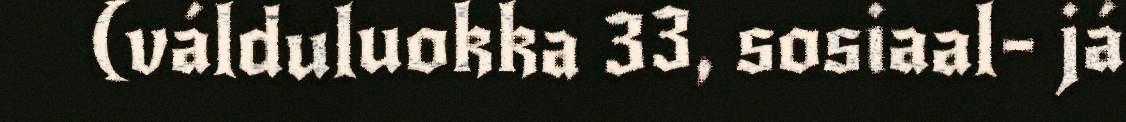
(válduluokka 33, sosiaal- já